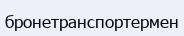
бронетранспортермен